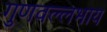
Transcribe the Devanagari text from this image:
गुणवल्लभाय